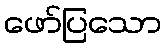
ဖော်ပြသော